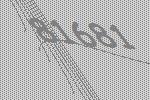
81681